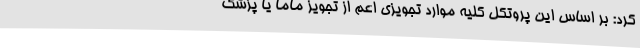
کرد: بر اساس این پروتکل کلیه موارد تجویزی اعم از تجویز ماما یا پزشک